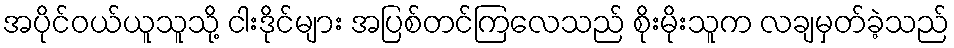
အပိုင်ဝယ်ယူသူသို့ ငါးဒိုင်များ အပြစ်တင်ကြလေသည် စိုးမိုးသူက လချမှတ်ခဲ့သည်